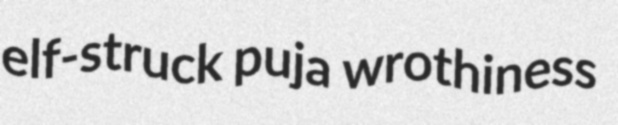
elf-struck puja wrothiness